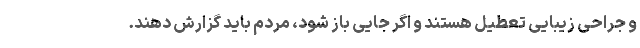
و جراحی زیبایی تعطیل هستند و اگر جایی باز شود، مردم باید گزارش دهند.